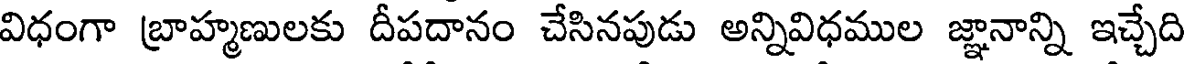
విధంగా బ్రాహ్మణులకు దీపదానం చేసినపుడు అన్నివిధముల జ్ఞానాన్ని ఇచ్చేది